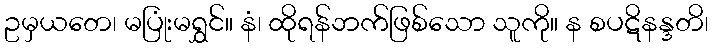
ဥမှယတေ၊ မပြုံးမရွှင်။ နံ၊ ထိုရန်ဘက်ဖြစ်သော သူကို။ န စပဋိနန္ဒတိ၊